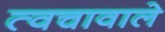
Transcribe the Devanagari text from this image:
त्वचावाले